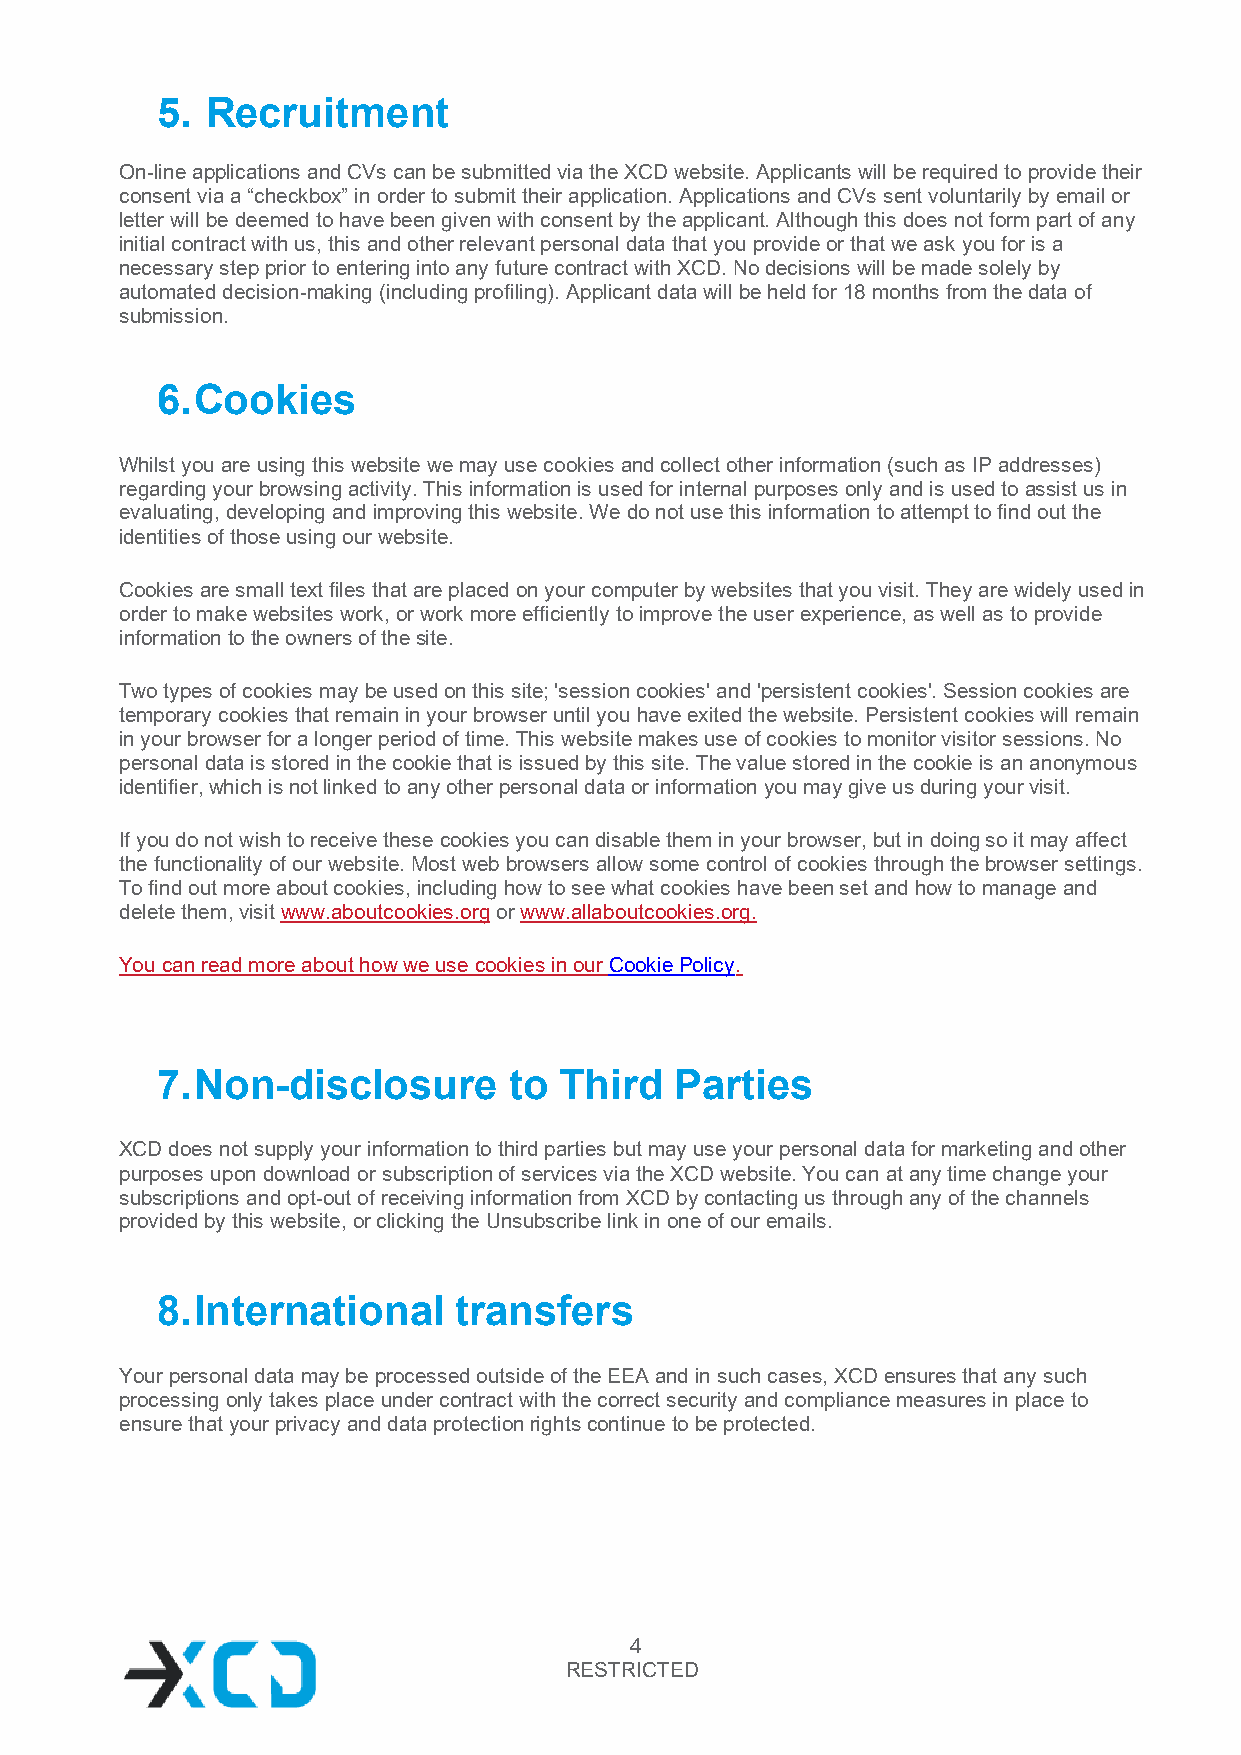
5.  Recruitment
 On-line applications and CVs can be submitted via the XCD website. Applicants will be required to provide their
 consent via a “checkbox” in order to submit their application. Applications and CVs sent voluntarily by email or
 letter will be deemed to have been given with consent by the applicant. Although this does not form part of any
 initial contract with us, this and other relevant personal data that you provide or that we ask you for is a
 necessary step prior to entering into any future contract with XCD. No decisions will be made solely by
 automated decision-making (including profiling). Applicant data will be held for 18 months from the data of
 submission.
 6. Cookies
 Whilst you are using this website we may use cookies and collect other information (such as IP addresses)
 regarding your browsing activity. This information is used for internal purposes only and is used to assist us in
 evaluating, developing and improving this website. We do not use this information to attempt to find out the
 identities of those using our website.
 Cookies are small text files that are placed on your computer by websites that you visit. They are widely used in
 order to make websites work, or work more efficiently to improve the user experience, as well as to provide
 information to the owners of the site.
 Two types of cookies may be used on this site; 'session cookies' and 'persistent cookies'. Session cookies are
 temporary cookies that remain in your browser until you have exited the website. Persistent cookies will remain
 in your browser for a longer period of time. This website makes use of cookies to monitor visitor sessions. No
 personal data is stored in the cookie that is issued by this site. The value stored in the cookie is an anonymous
 identifier, which is not linked to any other personal data or information you may give us during your visit.
 If you do not wish to receive these cookies you can disable them in your browser, but in doing so it may affect
 the functionality of our website. Most web browsers allow some control of cookies through the browser settings.
 To find out more about cookies, including how to see what cookies have been set and how to manage and
 delete them, visit www.aboutcookies.org or www.allaboutcookies.org.
 You can read more about how we use cookies in our Cookie Policy.
 7. Non-disclosure       to Third   Parties
 XCD does not supply your information to third parties but may use your personal data for marketing and other
 purposes upon download or subscription of services via the XCD website. You can at any time change your
 subscriptions and opt-out of receiving information from XCD by contacting us through any of the channels
 provided by this website, or clicking the Unsubscribe link in one of our emails.
 8. International    transfers
 Your personal data may be processed outside of the EEA and in such cases, XCD ensures that any such
 processing only takes place under contract with the correct security and compliance measures in place to
 ensure that your privacy and data protection rights continue to be protected.
 4
 RESTRICTED